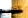
التراجع